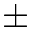
\pm